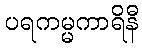
ပရကမ္မကာရိနီ